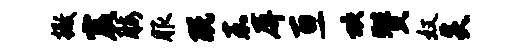
撒震腰服既嘉屏亘坎赞奴炎